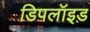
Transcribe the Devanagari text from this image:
डिपलॉइड